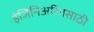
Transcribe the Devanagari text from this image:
इंजिनिअरिंगसाठी